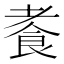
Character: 𫗍